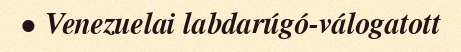
• Venezuelai labdarúgó-válogatott